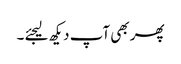
پھر بھی آپ دیکھ لیجئے ۔